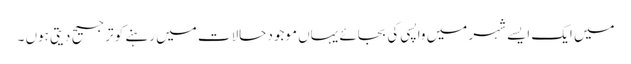
میں ایک ایسے شہر میں واپسی کی بجائے یہاں موجود حالات میں رہنے کو ترجیح دیتی ہوں ۔